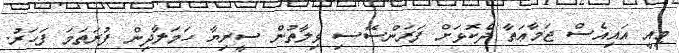
މިއީ އައިއެސް ޖަމާޢަތާ ދެކޮޅަށް ފަރަންސޭސި ވިލާތުން ސީރިޔާ ހަމަލާދިން ފުރަތަމަ ފަހަރު.